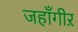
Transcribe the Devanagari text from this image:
जहाँगीऱ